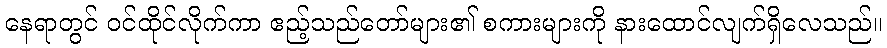
နေရာတွင် ဝင်ထိုင်လိုက်ကာ ဧည့်သည်တော်များ၏ စကားများကို နားထောင်လျက်ရှိလေသည်။